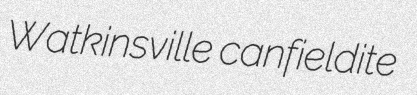
Watkinsville canfieldite